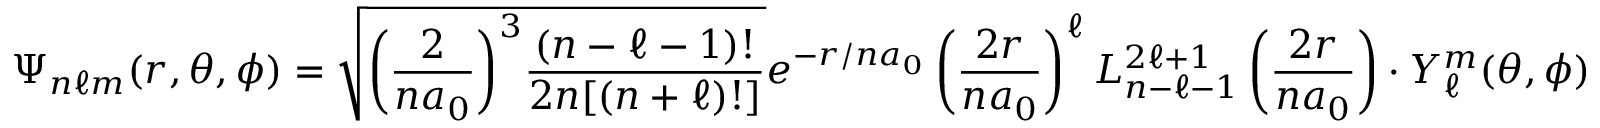
\Psi _ { n \ell m } ( r , \theta , \phi ) = { \sqrt { { \left( { \frac { 2 } { n a _ { 0 } } } \right) } ^ { 3 } { \frac { ( n - \ell - 1 ) ! } { 2 n [ ( n + \ell ) ! ] } } } } e ^ { - r / n a _ { 0 } } \left( { \frac { 2 r } { n a _ { 0 } } } \right) ^ { \ell } L _ { n - \ell - 1 } ^ { 2 \ell + 1 } \left( { \frac { 2 r } { n a _ { 0 } } } \right) \cdot Y _ { \ell } ^ { m } ( \theta , \phi )